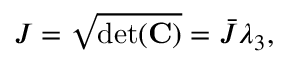
{ J } = \sqrt { \mathrm { d e t } ( { \bf { C } } ) } = \bar { J } \lambda _ { 3 } ,